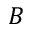
B